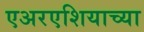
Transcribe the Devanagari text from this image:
एअरएशियाच्या